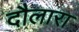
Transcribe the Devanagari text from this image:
दौलारा